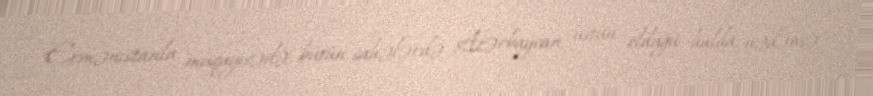
Ermənistanla müqayisədə, bütün sahələrdə Azərbaycan üstün olduğu halda, nədənsə